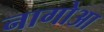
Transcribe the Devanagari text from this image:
नागोआ